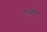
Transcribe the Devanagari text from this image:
गल्फ्टेन